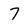
Character: 7